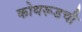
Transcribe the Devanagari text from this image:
कोथरूडची